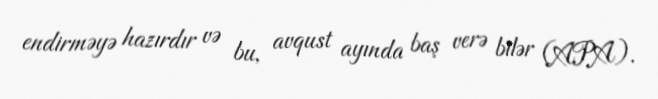
endirməyə hazırdır və bu, avqust ayında baş verə bilər (APA).